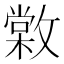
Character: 𢿵